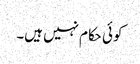
کوئی حکام نہیں ہیں۔